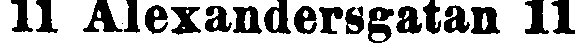
11 Alexandersgatan 11